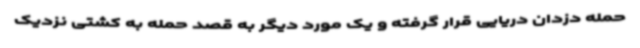
حمله دزدان دریایی قرار گرفته و یک مورد دیگر به قصد حمله به کشتی نزدیک